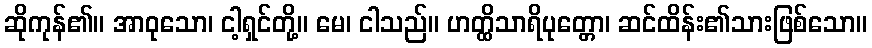
ဆိုကုန်၏။ အာဝုသော၊ ငါ့ရှင်တို့။ မေ၊ ငါသည်။ ဟတ္ထိသာရိပုတ္တော၊ ဆင်ထိန်း၏သားဖြစ်သော။